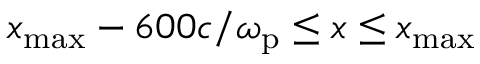
x _ { \mathrm { m a x } } - 6 0 0 c / \omega _ { \mathrm { p } } \leq x \leq x _ { \mathrm { m a x } }